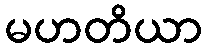
မဟတိယာ